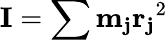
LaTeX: \mathbf{I}=\sum\mathbf{m_{j}}\mathbf{r_{j}}^{2}